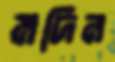
মদিন